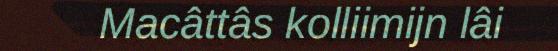
Macâttâs kolliimijn lâi